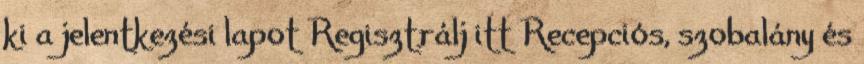
ki a jelentkezési lapot Regisztrálj itt Recepciós, szobalány és